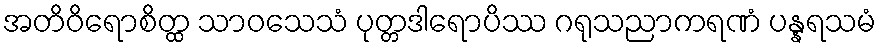
အတိဝိရောစိတ္ထ သာဝသေသံ ပုတ္တဒါရောပိဿ ဂရုသညာကရဏံ ပန္နရသမံ